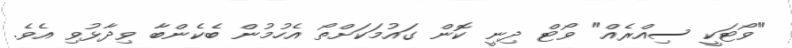
"ވޯޓަކީ ސިއްރެއް" ވޯޓް ދިނީ ކޮން ގައުމަކަށްތޯ އެހުމުން ބެކެންބާ ވިދާޅުވި އެވެ.